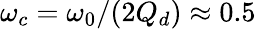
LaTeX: \omega_{c}=\omega_{0}/(2Q_{d})\approx 0.5